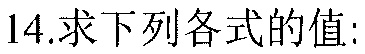
14.求下列各式的值: